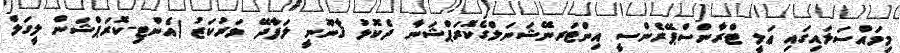
މިމައްސަލައިގައި ޢަލީ ޓްރާންސްޕޭރެންސީ އިންޓަރނޭޝަނަލްގެކޮރަޕްޝަނާ ދެކޮޅު ޤާނޫނީ ލަފާދޭ މަރުކަޒު (އެންޓި-ކޮރަޕްޝަން ލީގަލް